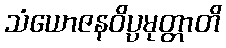
သံယောဇနဝိပ္ပမုတ္တာတိ